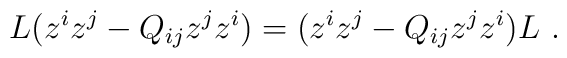
L(z^iz^j-Q_{ij}z^jz^i)=(z^iz^j-Q_{ij}z^jz^i)L\ .